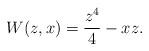
LaTeX: \begin{align*}W(z,x)= \frac{z^4}{4}- x z.\end{align*}